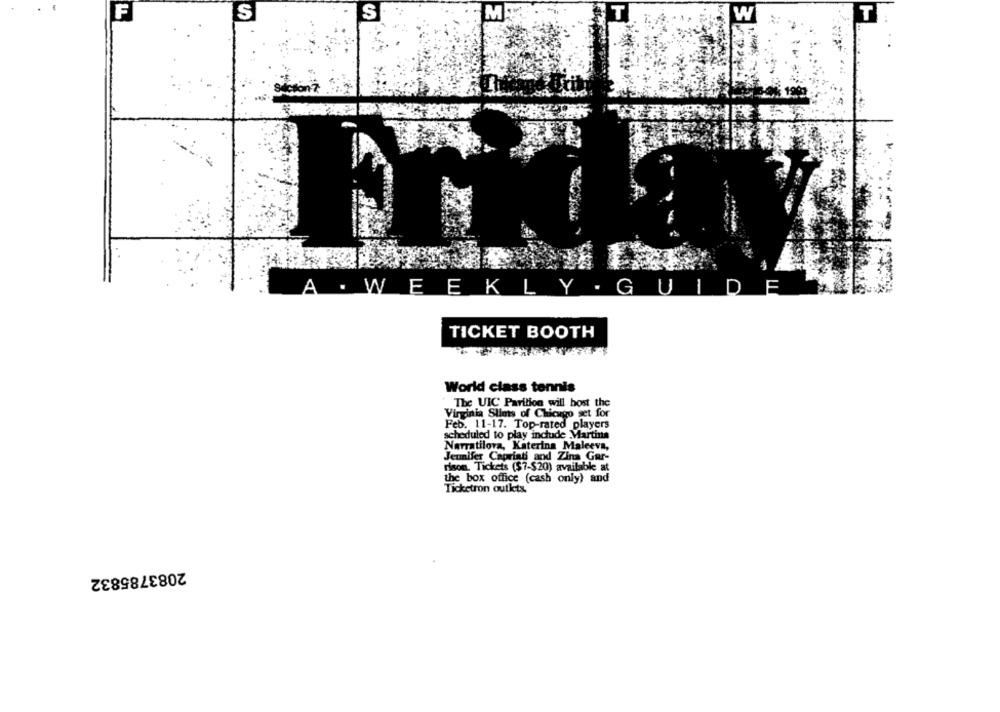
F
T
S
S
W
T
Section ?
A . WEEKLY . GUIDE
TICKET BOOTH
World class tennis
The UIC Parition will host the
Virginia Slims of Chicago set for
Feb. 11-17. Top-rated players
scheduled to play include Martins
Narratilova, Katerina Maleeva,
Jennifer Capriati and Zina Gar-
risom. Tickets ($7-$20) available at
the box office (cash only) and
Ticketron outlets.
2083785832